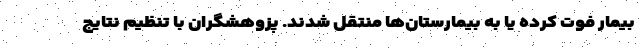
بیمار فوت کرده یا به بیمارستان‌ها منتقل شدند. پزوهشگران با تنظیم نتایج